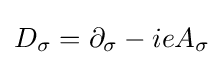
D_{\sigma }=\partial _{\sigma }-ieA_{\sigma }